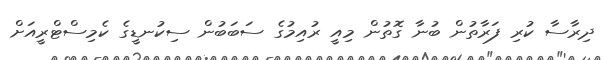
ދިރާސާ ކުރި ފަރާތުން ބުނާ ގޮތުން މިއީ ރުއިމުގެ ސަބަބުން ސިކުނޑީގެ ކެމިސްޓްރީއަށް